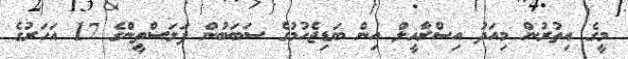
މީގެ އިތުރުން މިއަދު އިސްރާއީލް އިން ބަޑިޖެހުމުގެ ސަބަބުން ފަލަސްތީންގެ 17 އަހަރުގެ